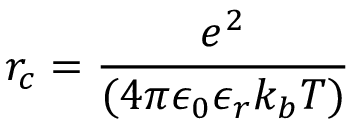
r _ { c } = \frac { e ^ { 2 } } { ( 4 \pi \epsilon _ { 0 } \epsilon _ { r } k _ { b } T ) }